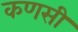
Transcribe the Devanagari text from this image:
कणसी